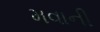
મવાની